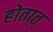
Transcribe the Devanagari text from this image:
होतात्